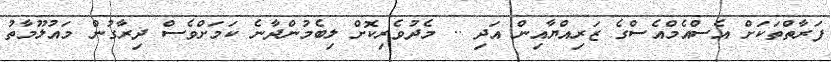
ފަރާތްތަކަށް އެސްއެމްއެސްގެ ޒަރިއްޔާއިން އަދި .. މެދުވެރިކޮށް ލިބެމުންދާނެ ކަމަށްވެސް ދިރާގުން މައުލޫމާތު